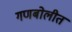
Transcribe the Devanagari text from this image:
गणबोलीत